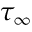
\tau _ { \infty }